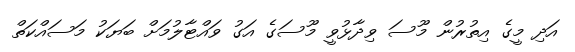
އަދި މީގެ އިތުރުން މޫސަ ވިދާޅުވީ މޫސަގެ އަގު ވައްޓާލުމަށް ބަޔަކު މަސައްކަތް